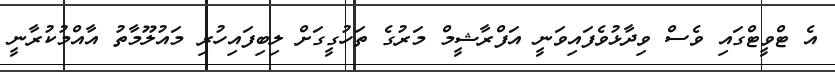
އެ ޓްވީޓްގައި ވެސް ވިދާޅުވެފައިވަނީ އަފްރާޝީމް މަރުގެ ތަހުގީގަށް ލިބިފައިހުރި މައުލޫމާތު އާއްމުކުރާނީ